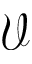
\mathcal { V }